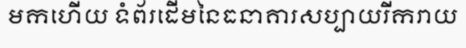
មកហើយ ទំព័រដើមនៃធនាគារសប្បាយរីករាយ